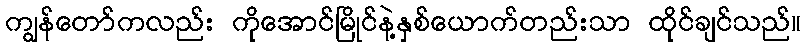
ကျွန်တော်ကလည်း ကိုအောင်မြိုင်နဲ့နှစ်ယောက်တည်းသာ ထိုင်ချင်သည်။